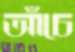
আঁচে